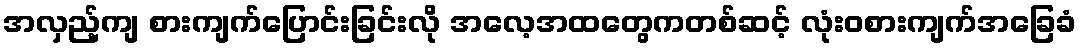
အလှည့်ကျ စားကျက်ပြောင်းခြင်းလို အလေ့အထတွေကတစ်ဆင့် လုံးဝစားကျက်အခြေခံ